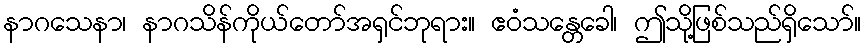
နာဂသေနာ၊ နာဂသိန်ကိုယ်တော်အရှင်ဘုရား။ ဧဝံသန္တေခေါ၊ ဤသို့ဖြစ်သည်ရှိသော်။